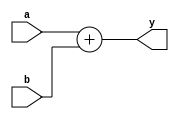
`timescale 1ns / 1ps
//////////////////////////////////////////////////////////////////////////////////
// Company: 
// Engineer: 
// 
// Design Name: 
// Module Name: adder
// Project Name: 
// Target Devices: 
// Tool Versions: 
// Description: 
// 
// Dependencies: 
// 
// Revision:
// Revision 0.01 - File Created
// Additional Comments:
// 
//////////////////////////////////////////////////////////////////////////////////


module adder(
	input [31:0] a,b,
	output [31:0] y
    );
	assign y = a + b;
endmodule